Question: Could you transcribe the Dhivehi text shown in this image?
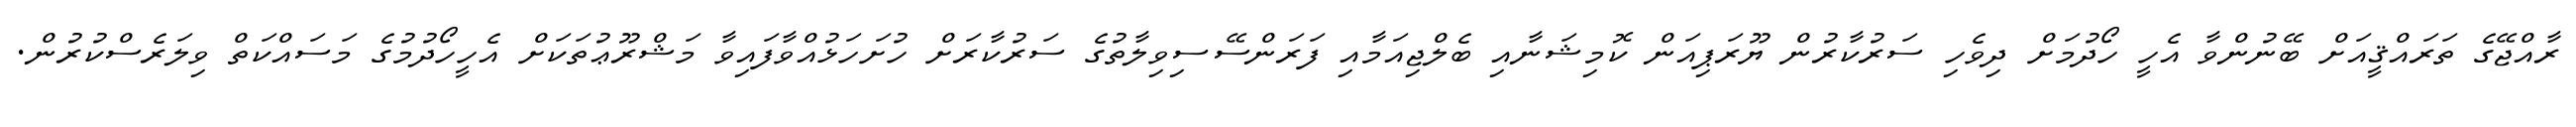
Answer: ރާއްޖޭގެ ތަރައްޤީއަށް ބޭނުންވާ އެހީ ހޯދުމަށް ދިވެހި ސަރުކާރުން ޔޫރަޕިއަން ކޮމިޝަނާއި ބެލްޖިއަމާއި ފަރަންސޭސިވިލާތުގެ ސަރުކާރަށް ހުށަހަޅުއްވާފައިވާ މަޝްރޫޢުތަކަށް އެހީހޯދުމުގެ މަސައްކަތް ވިލަރެސްކުރުން.